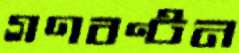
গণবণ্টন